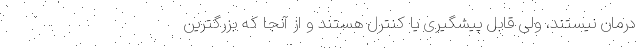
درمان نیستند، ولی قابل پیشگیری یا کنترل هستند و از آنجا که بزرگترین